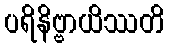
ပရိနိဗ္ဗာယိဿတိ